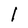
Character: l